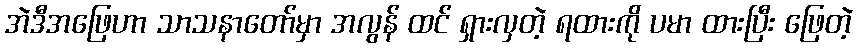
အဲဒီအဖြေဟာ သာသနာတော်မှာ အလွန် ထင် ရှားလှတဲ့ ရထားကို ပမာ ထားပြီး ဖြေတဲ့